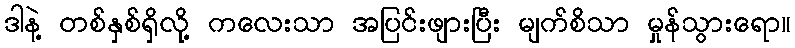
ဒါနဲ့ တစ်နှစ်ရှိလို့ ကလေးသာ အပြင်းဖျားပြီး မျက်စိသာ မှုန်သွားရော။